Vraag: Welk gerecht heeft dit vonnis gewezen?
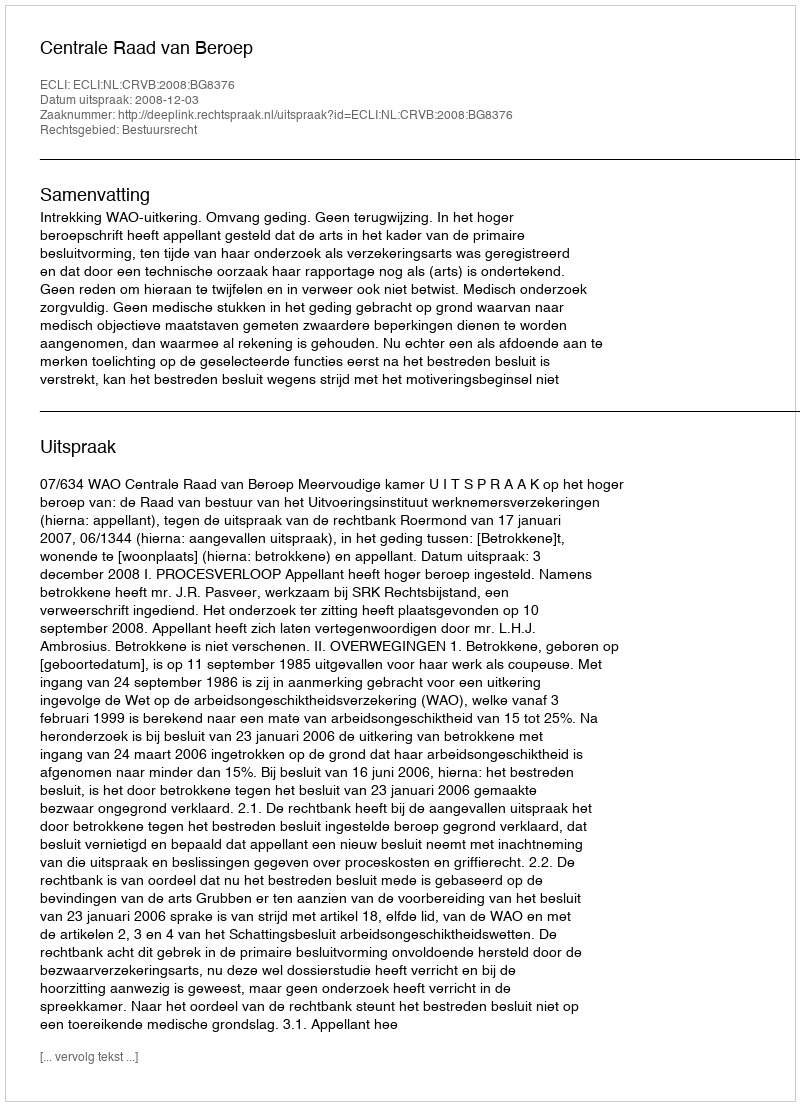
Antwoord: Centrale Raad van Beroep